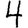
Digit: 4